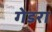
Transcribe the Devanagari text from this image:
गेडरा